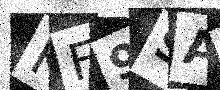
Text: KF9SAF